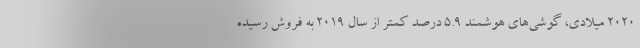
2020 میلادی، گوشی‌های هوشمند 5.9 درصد کمتر از سال 2019 به فروش رسیده